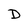
Character: D